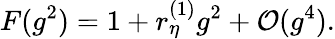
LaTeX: F(g^{2})=1+r_{\eta}^{(1)}g^{2}+{\cal O}(g^{4}).